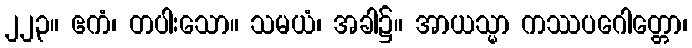
၂၂၃။ ဧကံ၊ တပါးသော။ သမယံ၊ အခါ၌။ အာယသ္မာ ကဿပဂေါတ္တော၊